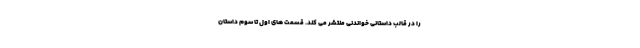
را در قالب داستانی خواندنی منتشر می کند. قسمت های اول تا سوم داستان